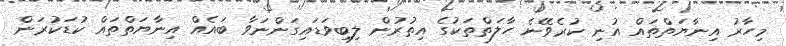
މިހާރު އިނާޔަތްތައް އުނި ކުރެވޭނެ ހާލަތްތަކުގެ އިތުރުން ލިބިވަޑައިގަންނަވާ ބައެއް އިނާޔަތްތައް ކުޑަކުރަން